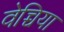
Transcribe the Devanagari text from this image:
वेच्चिया